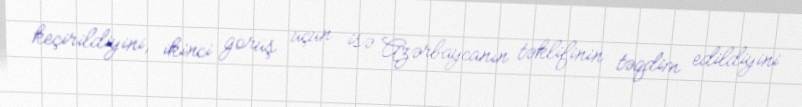
keçirildiyini, ikinci görüş üçün isə Azərbaycanın təklifinin təqdim edildiyini